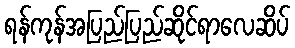
ရန်ကုန်အပြည်ပြည်ဆိုင်ရာလေဆိပ်